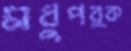
মধুপর্ক